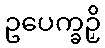
ဥပေက္ခဉှိ